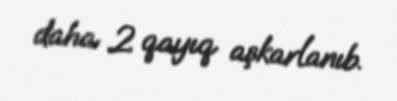
daha 2 qayıq aşkarlanıb.